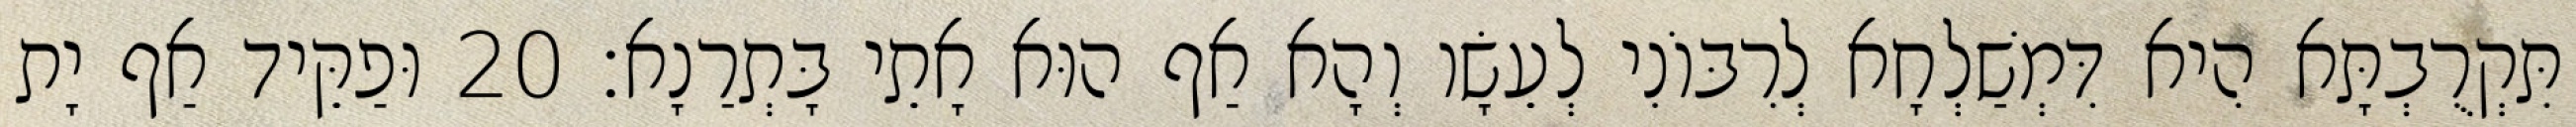
תִּקְרֻבְתָּא הִיא דִּמְשַׁלְחָא לְרִבּוֹנִי לְעֵשָׂו וְהָא אַף הוּא אָתֵי בָּתְרַנָא׃ 20 וּפַקֵּיד אַף יָת